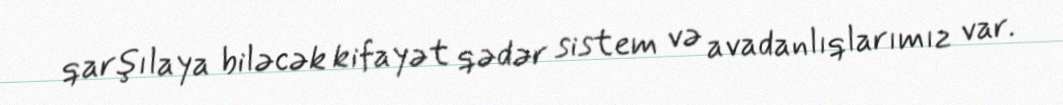
qarşılaya biləcək kifayət qədər sistem və avadanlıqlarımız var.